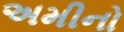
અમીનો